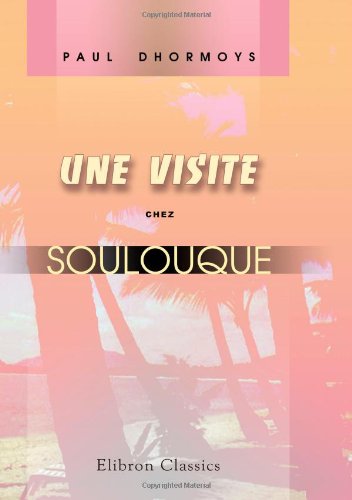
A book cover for Une visite chez Soulouque: Souvenirs d'un voyage dans l'ile d'Haiti (French Edition); Paul Dhormoys; Travel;